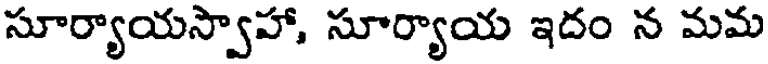
సూర్యాయస్వాహా, సూర్యాయ ఇదం న మమ